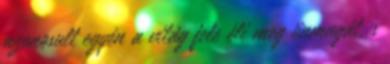
azonosult egyén a világ fele éli meg önmagát, s